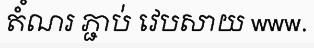
តំំណរ ភ្ជាប់ វេបសាយ www.